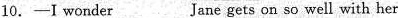
10.-I wonder___Jane gets on so well with her